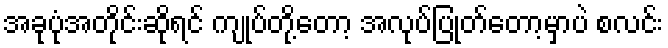
အခုပုံအတိုင်းဆိုရင် ကျုပ်တို့တော့ အလုပ်ပြုတ်တော့မှာပဲ စလင်း